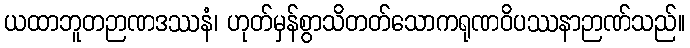
ယထာဘူတဉာဏဒဿနံ၊ ဟုတ်မှန်စွာသိတတ်သောကရုဏဝိပဿနာဉာဏ်သည်။